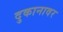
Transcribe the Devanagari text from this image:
दुकानावर